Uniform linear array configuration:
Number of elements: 32
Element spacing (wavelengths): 0.25
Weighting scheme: blackman
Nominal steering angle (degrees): -60
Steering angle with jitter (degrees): -59.884
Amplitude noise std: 0.05
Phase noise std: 0.05

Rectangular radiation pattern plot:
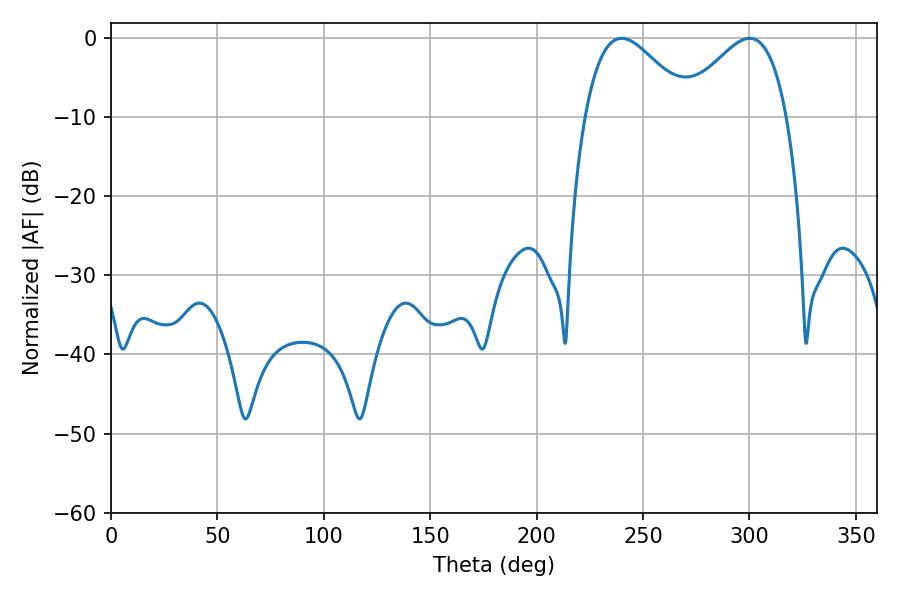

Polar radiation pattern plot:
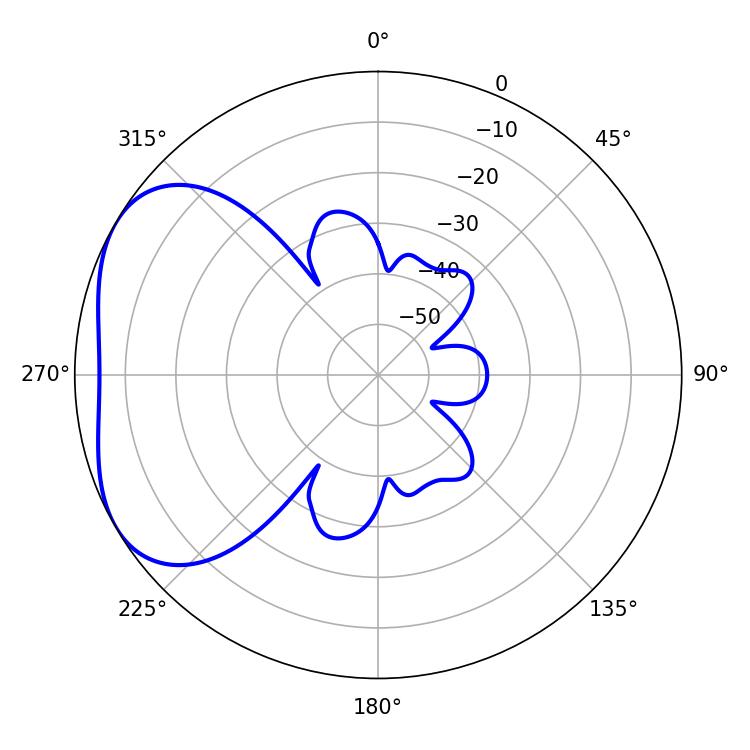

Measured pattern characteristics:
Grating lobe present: FALSE
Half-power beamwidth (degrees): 26.64
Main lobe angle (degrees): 239.94